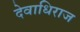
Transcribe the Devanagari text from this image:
देवाधिराज